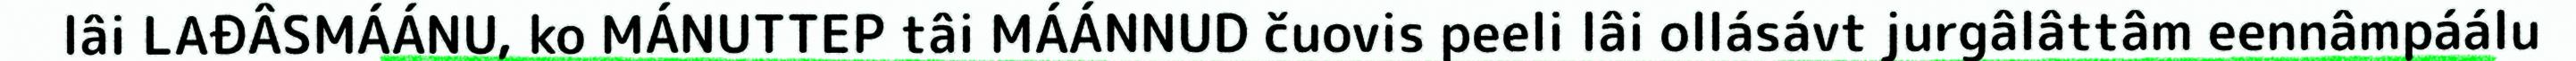
lâi LAĐÂSMÁÁNU, ko MÁNUTTEP tâi MÁÁNNUD čuovis peeli lâi ollásávt jurgâlâttâm eennâmpáálu